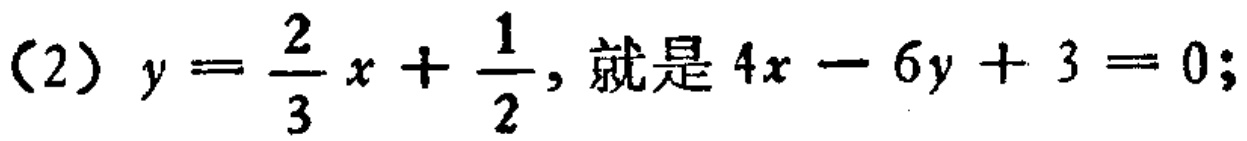
(2) \(y = \frac{2}{3}x+\frac{1}{2}\), 就是 \(4x - 6y + 3 = 0\);